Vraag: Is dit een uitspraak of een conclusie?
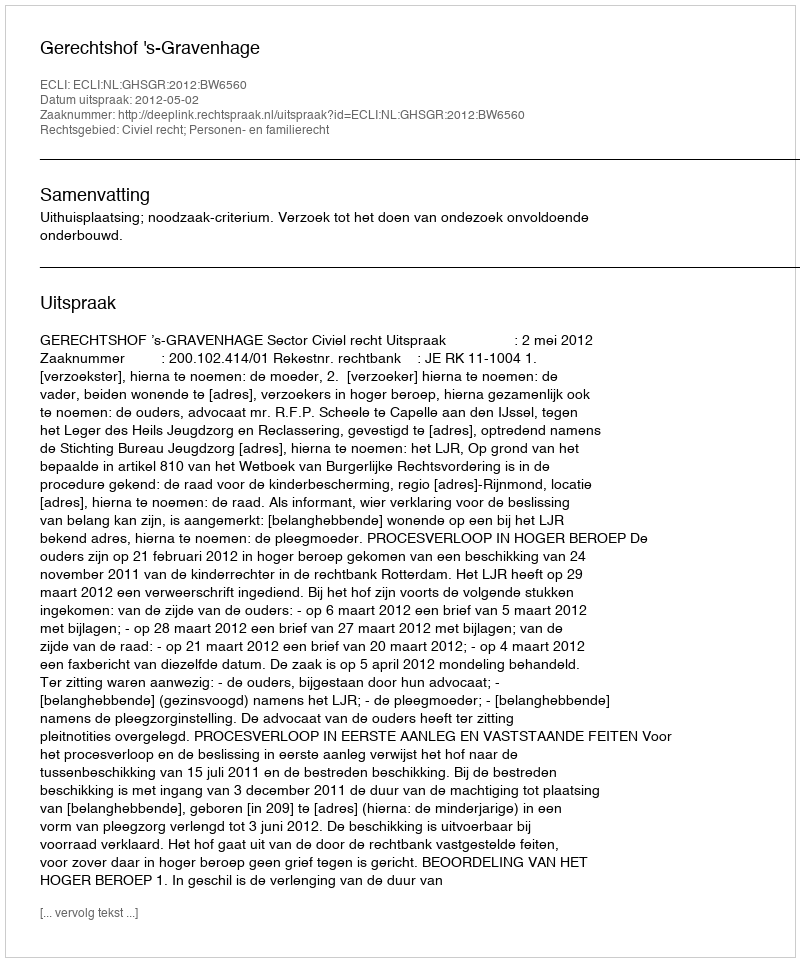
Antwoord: Uitspraak